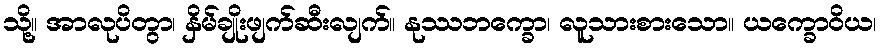
သို့။ အာလုပိတွာ၊ နှိမ်ချိုးဖျက်ဆီးလျက်။ နုဿဘက္ခော၊ လူသားစားသော။ ယက္ခောဝိယ၊